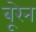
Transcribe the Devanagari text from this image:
बूरेन